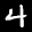
Label: 4